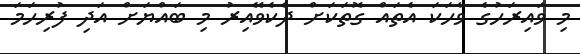
މި ވައިރަހުގެ ވާހަކަ އެތައް ގޮތަކަށް ދެކެވޭއިރު މި ބައްޔަށް އަދި ފުރިހަމަ